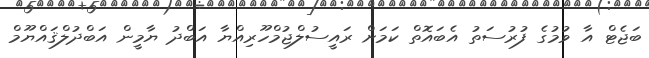
ބަޖެޓް އާ ވުމުގެ ފުރުސަތު އެބައޮތް ކަމަށް ރައީސުލްޖުމްހޫރިއްޔާ އަބްދު ޔާމީން އަބްދުލްޤައްޔޫމް